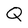
Character: Q